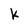
Character: k